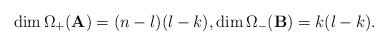
LaTeX: \begin{align*}\dim \Omega_{+}(\mathbf{A})=(n-l)(l-k),\dim \Omega_{-}(\mathbf{B}) = k(l-k).\end{align*}